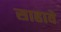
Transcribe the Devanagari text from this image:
साहावे